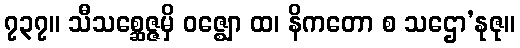
၇၃၇။ သီသစ္ဆေဇ္ဇမှိ ဝဇ္ဈော ထ၊ နိကတော စ သဌော’နုဇု။